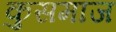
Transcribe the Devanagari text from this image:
कुसमाज